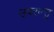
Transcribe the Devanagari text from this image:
उपरान्तु